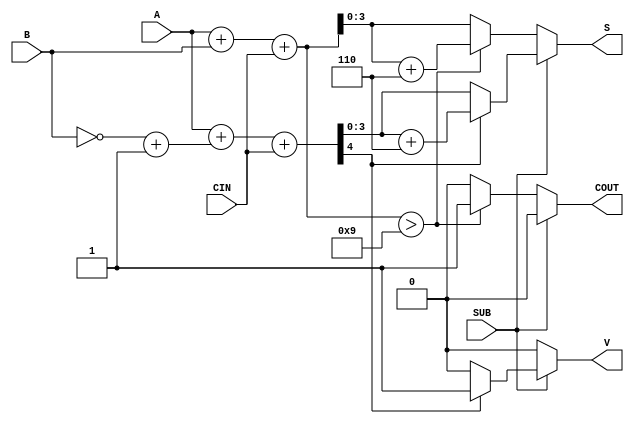
module BCD_Add_Subtracter (
    input  wire [3:0] A,    // First BCD digit
    input  wire [3:0] B,    // Second BCD digit
    input  wire SUB,        // Control signal for operation (0 for add, 1 for subtract)
    input  wire CIN,        // Carry-in for addition
    output reg  [3:0] S,    // Resulting BCD digit
    output reg  COUT,       // Carry-out
    output reg  V           // Overflow flag
);
    
    wire [4:0] sum;         // 5-bit sum for addition
    wire [4:0] sub_result;  // 5-bit result for subtraction
    wire [3:0] B_comp;      // 9's complement of B
    
    // Generate the 9's complement of B for subtraction
    assign B_comp = ~B + 4'b0001; // Invert B and add 1

    // Perform addition
    assign sum = A + B + CIN;

    // Check for carry-out and adjust for BCD
    always @(*) begin
        if (SUB == 0) begin // Addition
            if (sum > 4'b1001) begin
                S = sum + 4'b0110; // BCD correction
                COUT = 1;          // Set carry-out
            end else begin
                S = sum[3:0];      // Valid BCD
                COUT = 0;          // Clear carry-out
            end
            V = 0;                // No overflow in addition
        end else begin // Subtraction
            sub_result = A + B_comp + CIN;

            if (sub_result[4] == 1) begin // Check if the result is negative
                S = sub_result[3:0] + 4'b0110; // BCD correction
                V = 1;                            // Set overflow flag
            end else begin
                S = sub_result[3:0];       // Valid BCD
                V = 0;                     // Clear overflow flag
            end
            
            COUT = 0;                    // Clear carry-out for subtraction
        end
    end

endmodule